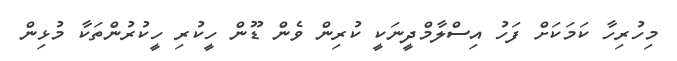
މިހުރިހާ ކަމަކަށް ފަހު އިސްލާމްދީނަކީ ކުރިން ވެން ޑޫން ހީކުރި ހީކުރުންތަކާ މުޅިން